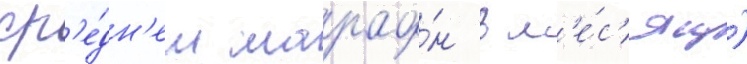
ср'е́дн'ем марафо́н в м'е́с'яц)